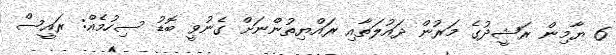
6 ޔާމިން ރަޝީދުގެ މަރުން ދައުލަތާއި ރައްޔިތުންނަށް ގެނުވީ ބޮޑު ސިހުމެއް: ރައީސް